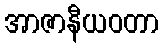
အာဇာနီယဝတာ